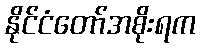
နိုင်ငံတော်အစိုးရက